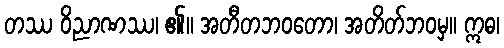
တဿ ဝိညာဏဿ၊ ၏။ အတီတဘဝတော၊ အတိတ်ဘဝမှ။ ဣဓ၊